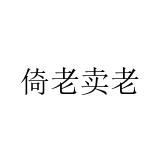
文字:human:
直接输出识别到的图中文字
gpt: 倚老卖老